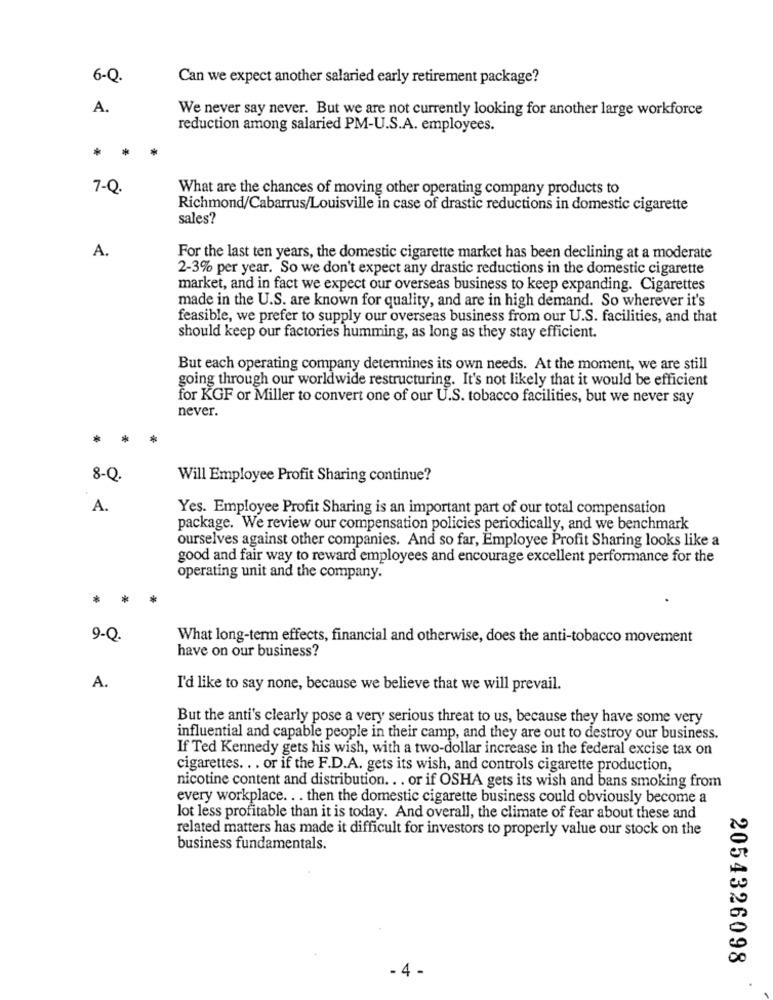
6-Q.
Can we expect another salaried early retirement package?
A.
We never say never. But we are not currently looking for another large workforce
reduction among salaried PM-U.S.A. employees.
7-Q.
What are the chances of moving other operating company products to
Richmond/Cabarrus/Louisville in case of drastic reductions in domestic cigarette
sales?
A.
For the last ten years, the domestic cigarette market has been declining at a moderate
2-3% per year. So we don't expect any drastic reductions in the domestic cigarette
market, and in fact we expect our overseas business to keep expanding. Cigarettes
made in the U.S. are known for quality, and are in high demand. So wherever it's
feasible, we prefer to supply our overseas business from our U.S. facilities, and that
should keep our factories humming, as long as they stay efficient.
But each operating company determines its own needs. At the moment, we are still
going through our worldwide restructuring. It's not likely that it would be efficient
for KGF or Miller to convert one of our U.S. tobacco facilities, but we never say
never.
8-Q
Will Employee Profit Sharing continue?
A.
Yes. Employee Profit Sharing is an important part of our total compensation
package. We review our compensation policies periodically, and we benchmark
ourselves against other companies. And so far, Employee Profit Sharing looks like a
good and fair way to reward employees and encourage excellent performance for the
operating unit and the company.
* *
.
9-Q.
What long-term effects, financial and otherwise, does the anti-tobacco movement
have on our business?
A.
I'd like to say none, because we believe that we will prevail.
But the anti's clearly pose a very serious threat to us, because they have some very
influential and capable people in their camp, and they are out to destroy our business.
If Ted Kennedy gets his wish, with a two-dollar increase in the federal excise tax on
cigarettes. .. or if the F.D.A. gets its wish, and controls cigarette production,
nicotine content and distribution. .. or if OSHA gets its wish and bans smoking from
every workplace. .. then the domestic cigarette business could obviously become a
lot less profitable than it is today. And overall, the climate of fear about these and
related matters has made it difficult for investors to properly value our stock on the
business fundamentals.
2054326098
- 4 -